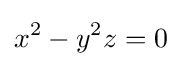
x^{2}-y^{2}z=0